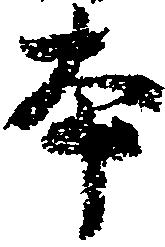
本